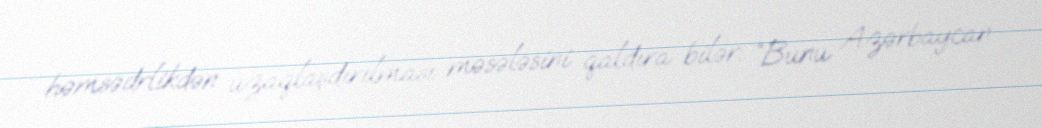
həmsədrlikdən uzaqlaşdırılması məsələsini qaldıra bilər: “Bunu Azərbaycan